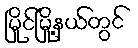
မြိုင်မြို့နယ်တွင်